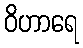
ဝိဟာရေ